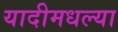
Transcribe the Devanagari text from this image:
यादीमधल्या